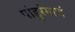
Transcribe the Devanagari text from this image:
पांडुरंगाचं